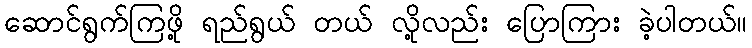
ဆောင်ရွက်ကြဖို့ ရည်ရွယ် တယ် လို့လည်း ပြောကြား ခဲ့ပါတယ်။